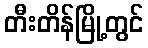
တီးတိန်မြို့တွင်